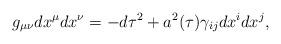
LaTeX: \begin{align*}g_{\mu\nu}dx^{\mu}dx^{\nu}=-d\tau^2+a^2(\tau)\gamma_{ij}dx^idx^j,\end{align*}